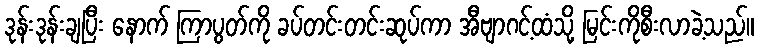
ဒုန်းဒုန်းချပြီး နောက် ကြာပွတ်ကို ခပ်တင်းတင်းဆုပ်ကာ အီဗျာဂင့်ထံသို့ မြင်းကိုစီးလာခဲ့သည်။